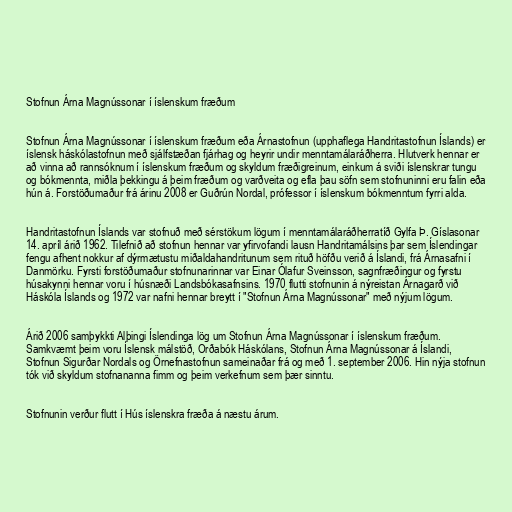
Stofnun Árna Magnússonar í íslenskum fræðum

Stofnun Árna Magnússonar í íslenskum fræðum eða Árnastofnun (upphaflega Handritastofnun Íslands) er
íslensk háskólastofnun með sjálfstæðan fjárhag og heyrir undir menntamálaráðherra. Hlutverk hennar er
að vinna að rannsóknum í íslenskum fræðum og skyldum fræðigreinum, einkum á sviði íslenskrar tungu
og bókmennta, miðla þekkingu á þeim fræðum og varðveita og efla þau söfn sem stofnuninni eru falin eða
hún á. Forstöðumaður frá árinu 2008 er Guðrún Nordal, prófessor í íslenskum bókmenntum fyrri alda.

Handritastofnun Íslands var stofnuð með sérstökum lögum í menntamálaráðherratíð Gylfa Þ. Gíslasonar
14. apríl árið 1962. Tilefnið að stofnun hennar var yfirvofandi lausn Handritamálsins þar sem Íslendingar
fengu afhent nokkur af dýrmætustu miðaldahandritunum sem rituð höfðu verið á Íslandi, frá Árnasafni í
Danmörku. Fyrsti forstöðumaður stofnunarinnar var Einar Ólafur Sveinsson, sagnfræðingur og fyrstu
húsakynni hennar voru í húsnæði Landsbókasafnsins. 1970 flutti stofnunin á nýreistan Árnagarð við
Háskóla Íslands og 1972 var nafni hennar breytt í "Stofnun Árna Magnússonar" með nýjum lögum.

Árið 2006 samþykkti Alþingi Íslendinga lög um Stofnun Árna Magnússonar í íslenskum fræðum.
Samkvæmt þeim voru Íslensk málstöð, Orðabók Háskólans, Stofnun Árna Magnússonar á Íslandi,
Stofnun Sigurðar Nordals og Örnefnastofnun sameinaðar frá og með 1. september 2006. Hin nýja stofnun
tók við skyldum stofnananna fimm og þeim verkefnum sem þær sinntu.

Stofnunin verður flutt í Hús íslenskra fræða á næstu árum.